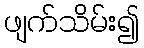
ဖျက်သိမ်း၍